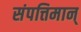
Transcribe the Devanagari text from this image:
संपत्तिमान्